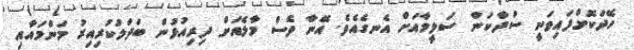
ހޭދަކޮށްފައިވަނީ ސުދާކަން ސަލީމާއަށް އެނގެއެވެ. އޭނާ ވެސް މާލެއަށް ދިރިއުޅުން ބަދަލުކުރިއިރު މަންމައާއި